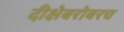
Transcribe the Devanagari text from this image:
दीक्षेबरोबरच